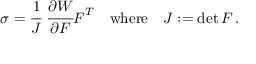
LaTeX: { \boldsymbol { \sigma } } = { \cfrac { 1 } { J } } ~ { \cfrac { \partial W } { \partial { \boldsymbol { F } } } } { \boldsymbol { F } } ^ { T } \quad { \mathrm { w h e r e } } \quad J : = \operatorname* { d e t } { \boldsymbol { F } } \, .